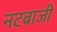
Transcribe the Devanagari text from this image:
नटबाजी